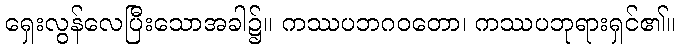
ရှေးလွန်လေပြီးသောအခါ၌။ ကဿပဘဂဝတော၊ ကဿပဘုရားရှင်၏။